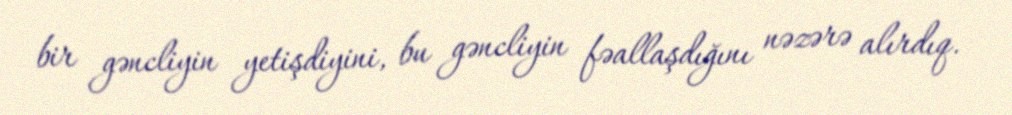
bir gəncliyin yetişdiyini, bu gəncliyin fəallaşdığını nəzərə alırdıq.